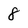
Character: 8